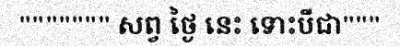
""""""" សព្វ ថ្ងៃ នេះ ទោះបីជា"""